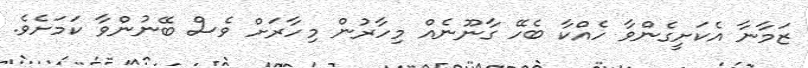
ޒަމާނާ އެކަށީގެންވާ ހެއްކާ ބެހޭ ގާނޫނެއް މިހާރުން މިހާރަށް ވެސް ބޭނުންވާ ކަމަށެވެ.